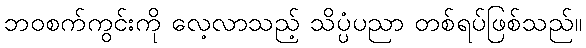
ဘဝစက်ကွင်းကို လေ့လာသည့် သိပ္ပံပညာ တစ်ရပ်ဖြစ်သည်။